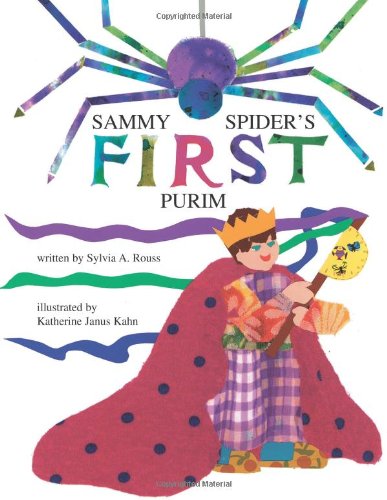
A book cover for Sammy Spider's First Purim; illustrated by Katherine Janus Kahn Sylvia Rouss; Children's Books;